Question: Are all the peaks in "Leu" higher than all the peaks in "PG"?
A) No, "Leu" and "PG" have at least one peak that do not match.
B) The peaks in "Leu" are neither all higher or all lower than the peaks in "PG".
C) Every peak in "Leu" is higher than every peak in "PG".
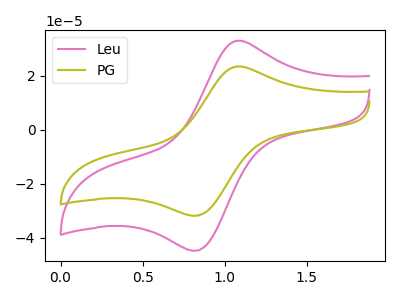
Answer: <think>The pink curve "Leu" has an anodic peak at (1.10V, 32.90uA) and a cathodic peak at (0.80V, -44.75uA). The olive curve "PG" has an anodic peak at (1.10V, 23.40uA) and a cathodic peak at (0.80V, -31.80uA).</think>
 <answer>C) Every peak in "Leu" is higher than every peak in "PG".</answer>
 <eval>C</eval>